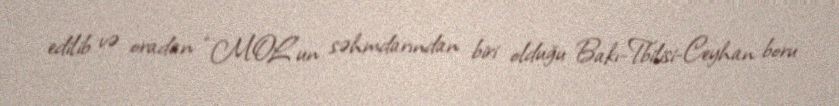
edilib və oradan “MOL”un səhmdarından biri olduğu Bakı-Tbilisi-Ceyhan boru